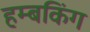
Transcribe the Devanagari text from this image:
हम्बकिंग